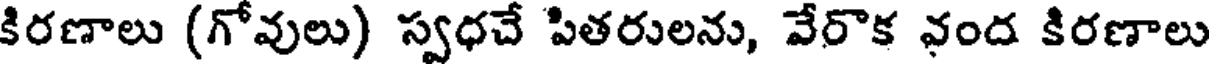
కిరణాలు (గోవులు) స్వధచే పితరులను, వేరొక నంద కిరణాలు